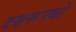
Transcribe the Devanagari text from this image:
दशरूपकों